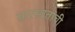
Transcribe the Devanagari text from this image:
सारस्वतांची